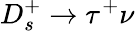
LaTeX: D_{s}^{+}\to\tau^{+}\nu